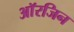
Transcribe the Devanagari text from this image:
आॅरजिन